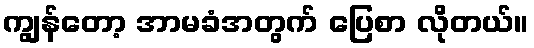
ကျွန်တော့ အာမခံအတွက် ပြေစာ လိုတယ်။